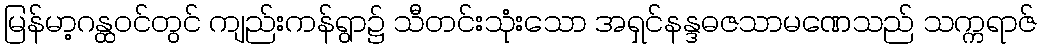
မြန်မာ့ဂန္ထဝင်တွင် ကျည်းကန်ရွာ၌ သီတင်းသုံးသော အရှင်နန္ဒဓဇသာမဏေသည် သက္ကရာဇ်